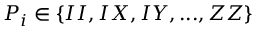
P _ { i } \in \{ I I , I X , I Y , . . . , Z Z \}